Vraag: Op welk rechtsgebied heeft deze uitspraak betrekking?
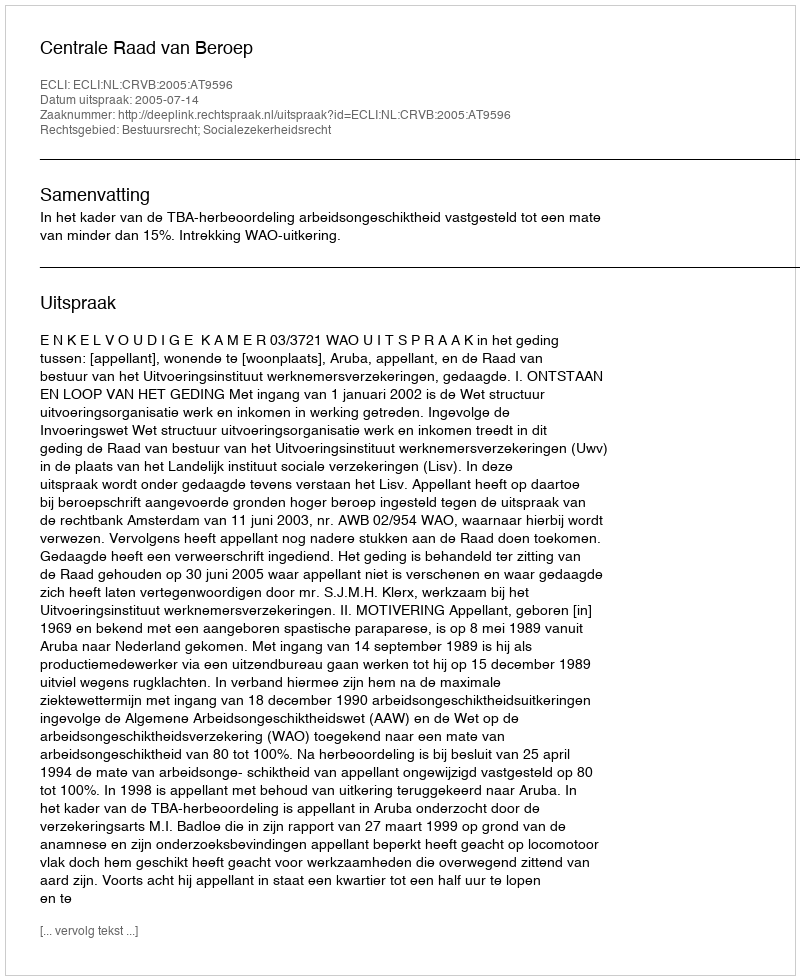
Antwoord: Bestuursrecht; Socialezekerheidsrecht